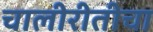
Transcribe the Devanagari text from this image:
चालीरीतीचा